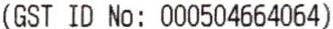
(GST ID NO: 00504664064)